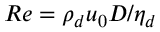
R e = { { \rho } _ { d } } { { u } _ { 0 } } D / { { \eta } _ { d } }